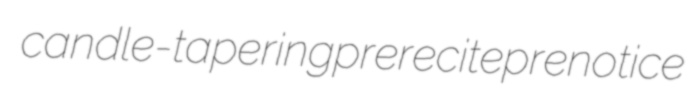
candle-tapering prerecite prenotice